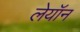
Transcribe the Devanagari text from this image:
लेयॉन